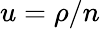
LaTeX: u=\rho/n